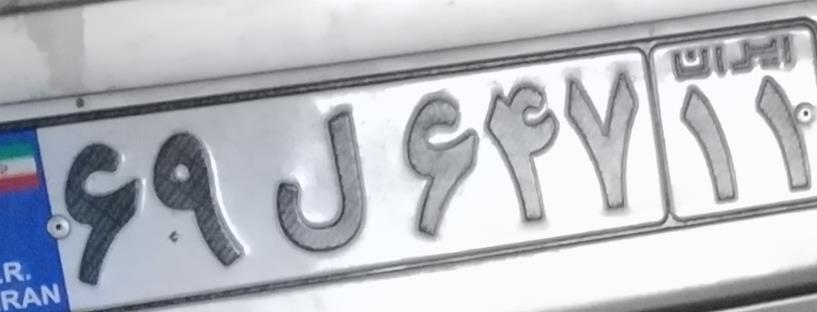
۶۹ل۶۴۷۱۱